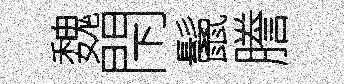
魏閇鬛謄